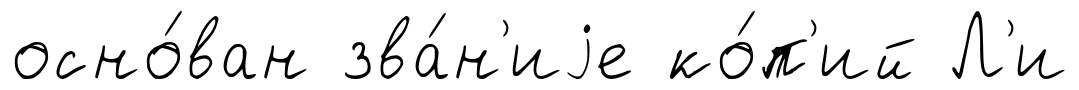
осно́ван зва́н'иjе ко́п'ий Л'и